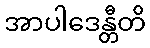
အာပါဒေန္တီတိ